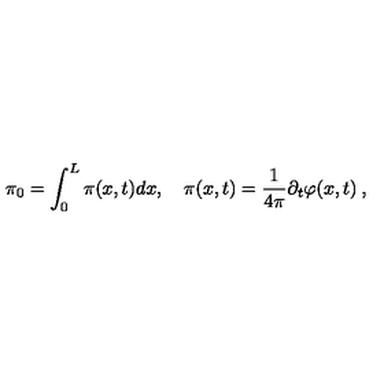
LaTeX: \pi _ { 0 } = \int _ { 0 } ^ { L } \pi ( x , t ) d x , \quad \pi ( x , t ) = \frac { 1 } { 4 \pi } \partial _ { t } \varphi ( x , t ) \: ,